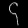
Digit: ၄